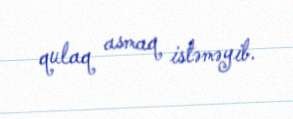
qulaq asmaq istəməyib.